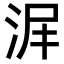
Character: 𣴅